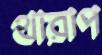
থারাপ